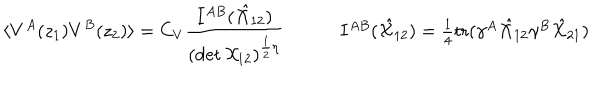
\begin{array} { c c } { { \displaystyle { \langle V ^ { A } ( z _ { 1 } ) V ^ { B } ( z _ { 2 } ) \rangle = C _ { V } \frac { I ^ { A B } ( \hat { { \cal X } } _ { 1 2 } ) } { ( \det { \cal X } _ { 1 2 } ) ^ { \frac { 1 } { 2 } \eta } } } ~ } } & { { ~ I ^ { A B } ( \hat { { \cal X } } _ { 1 2 } ) = \textstyle { \frac { 1 } { 4 } } \mathrm { t r } ( \gamma ^ { A } \hat { { \cal X } } _ { 1 2 } \gamma ^ { B } \hat { { \cal X } } _ { 2 1 } ) } } \\ \end{array}